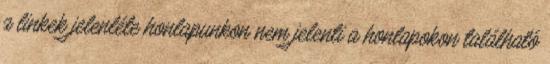
a linkek jelenléte honlapunkon nem jelenti a honlapokon található